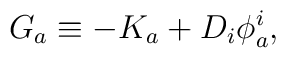
G_{a}\equiv -K_{a}+D_{i}\phi _{a}^{i},